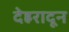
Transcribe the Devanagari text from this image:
देह्ररादून